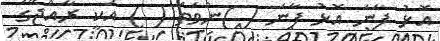
އޮޅު ފާނަ އޮޅު ފާނަ ( )ނުވަތަ ( ) އަކީ ރާއްޖޭގެ